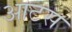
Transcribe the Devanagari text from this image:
आटस